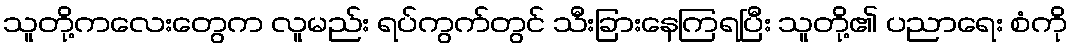
သူတို့ကလေးတွေက လူမည်း ရပ်ကွက်တွင် သီးခြားနေကြရပြီး သူတို့၏ ပညာရေး စံကို